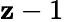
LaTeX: \mathbf{z}-1